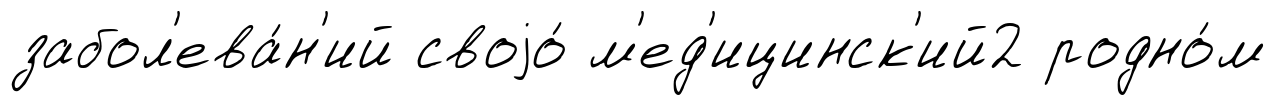
забол'ева́н'ий своjо́ м'ед'ицинск'ий2 родно́м